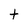
Character: t